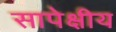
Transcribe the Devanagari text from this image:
सापेक्षीय